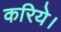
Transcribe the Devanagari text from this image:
करिये।